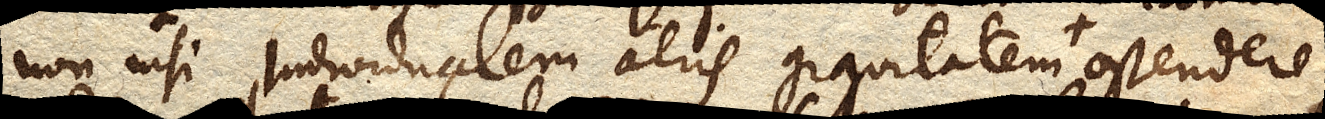
non nisi individualem aeris gravitatem proprie ostendere,